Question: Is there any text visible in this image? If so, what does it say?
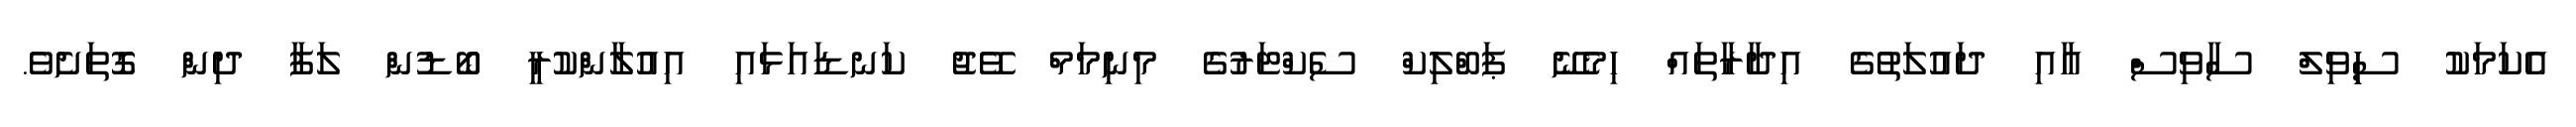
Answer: އެކަމަކު ސިިވިލް ސާވިސް އާއި ދައުލަތުގެ އިދާރާތައް ހިމެނޭ ޕަބްލިކް ސެކްޓަރުގެ މިނިމަމް ވޭޖު ކަނޑައަޅައި އިއުލާންކުރީ ބޯޑުން ލަފާ ދިން ގޮތަށެވެ.